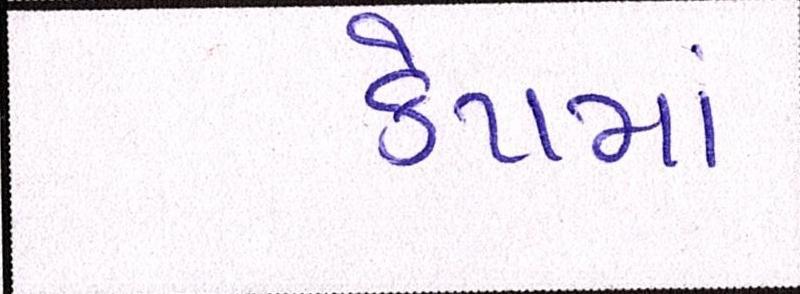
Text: કેપમાં